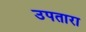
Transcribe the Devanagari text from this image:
उपतारा